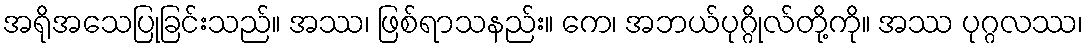
အရိုအသေပြုခြင်းသည်။ အဿ၊ ဖြစ်ရာသနည်း။ ကေ၊ အဘယ်ပုဂ္ဂိုလ်တို့ကို။ အဿ ပုဂ္ဂလဿ၊